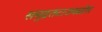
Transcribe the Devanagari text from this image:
समुद्रतटाजवळील